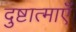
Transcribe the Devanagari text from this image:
दुष्टात्माएँ